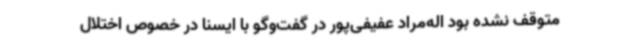
متوقف نشده بود اله‌مراد عفیفی‌پور در گفت‌وگو با ایسنا در خصوص اختلال